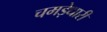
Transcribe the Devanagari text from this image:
चमड़ेधारी